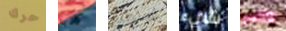
حرك كاذبه أستطيع شيء وكسر